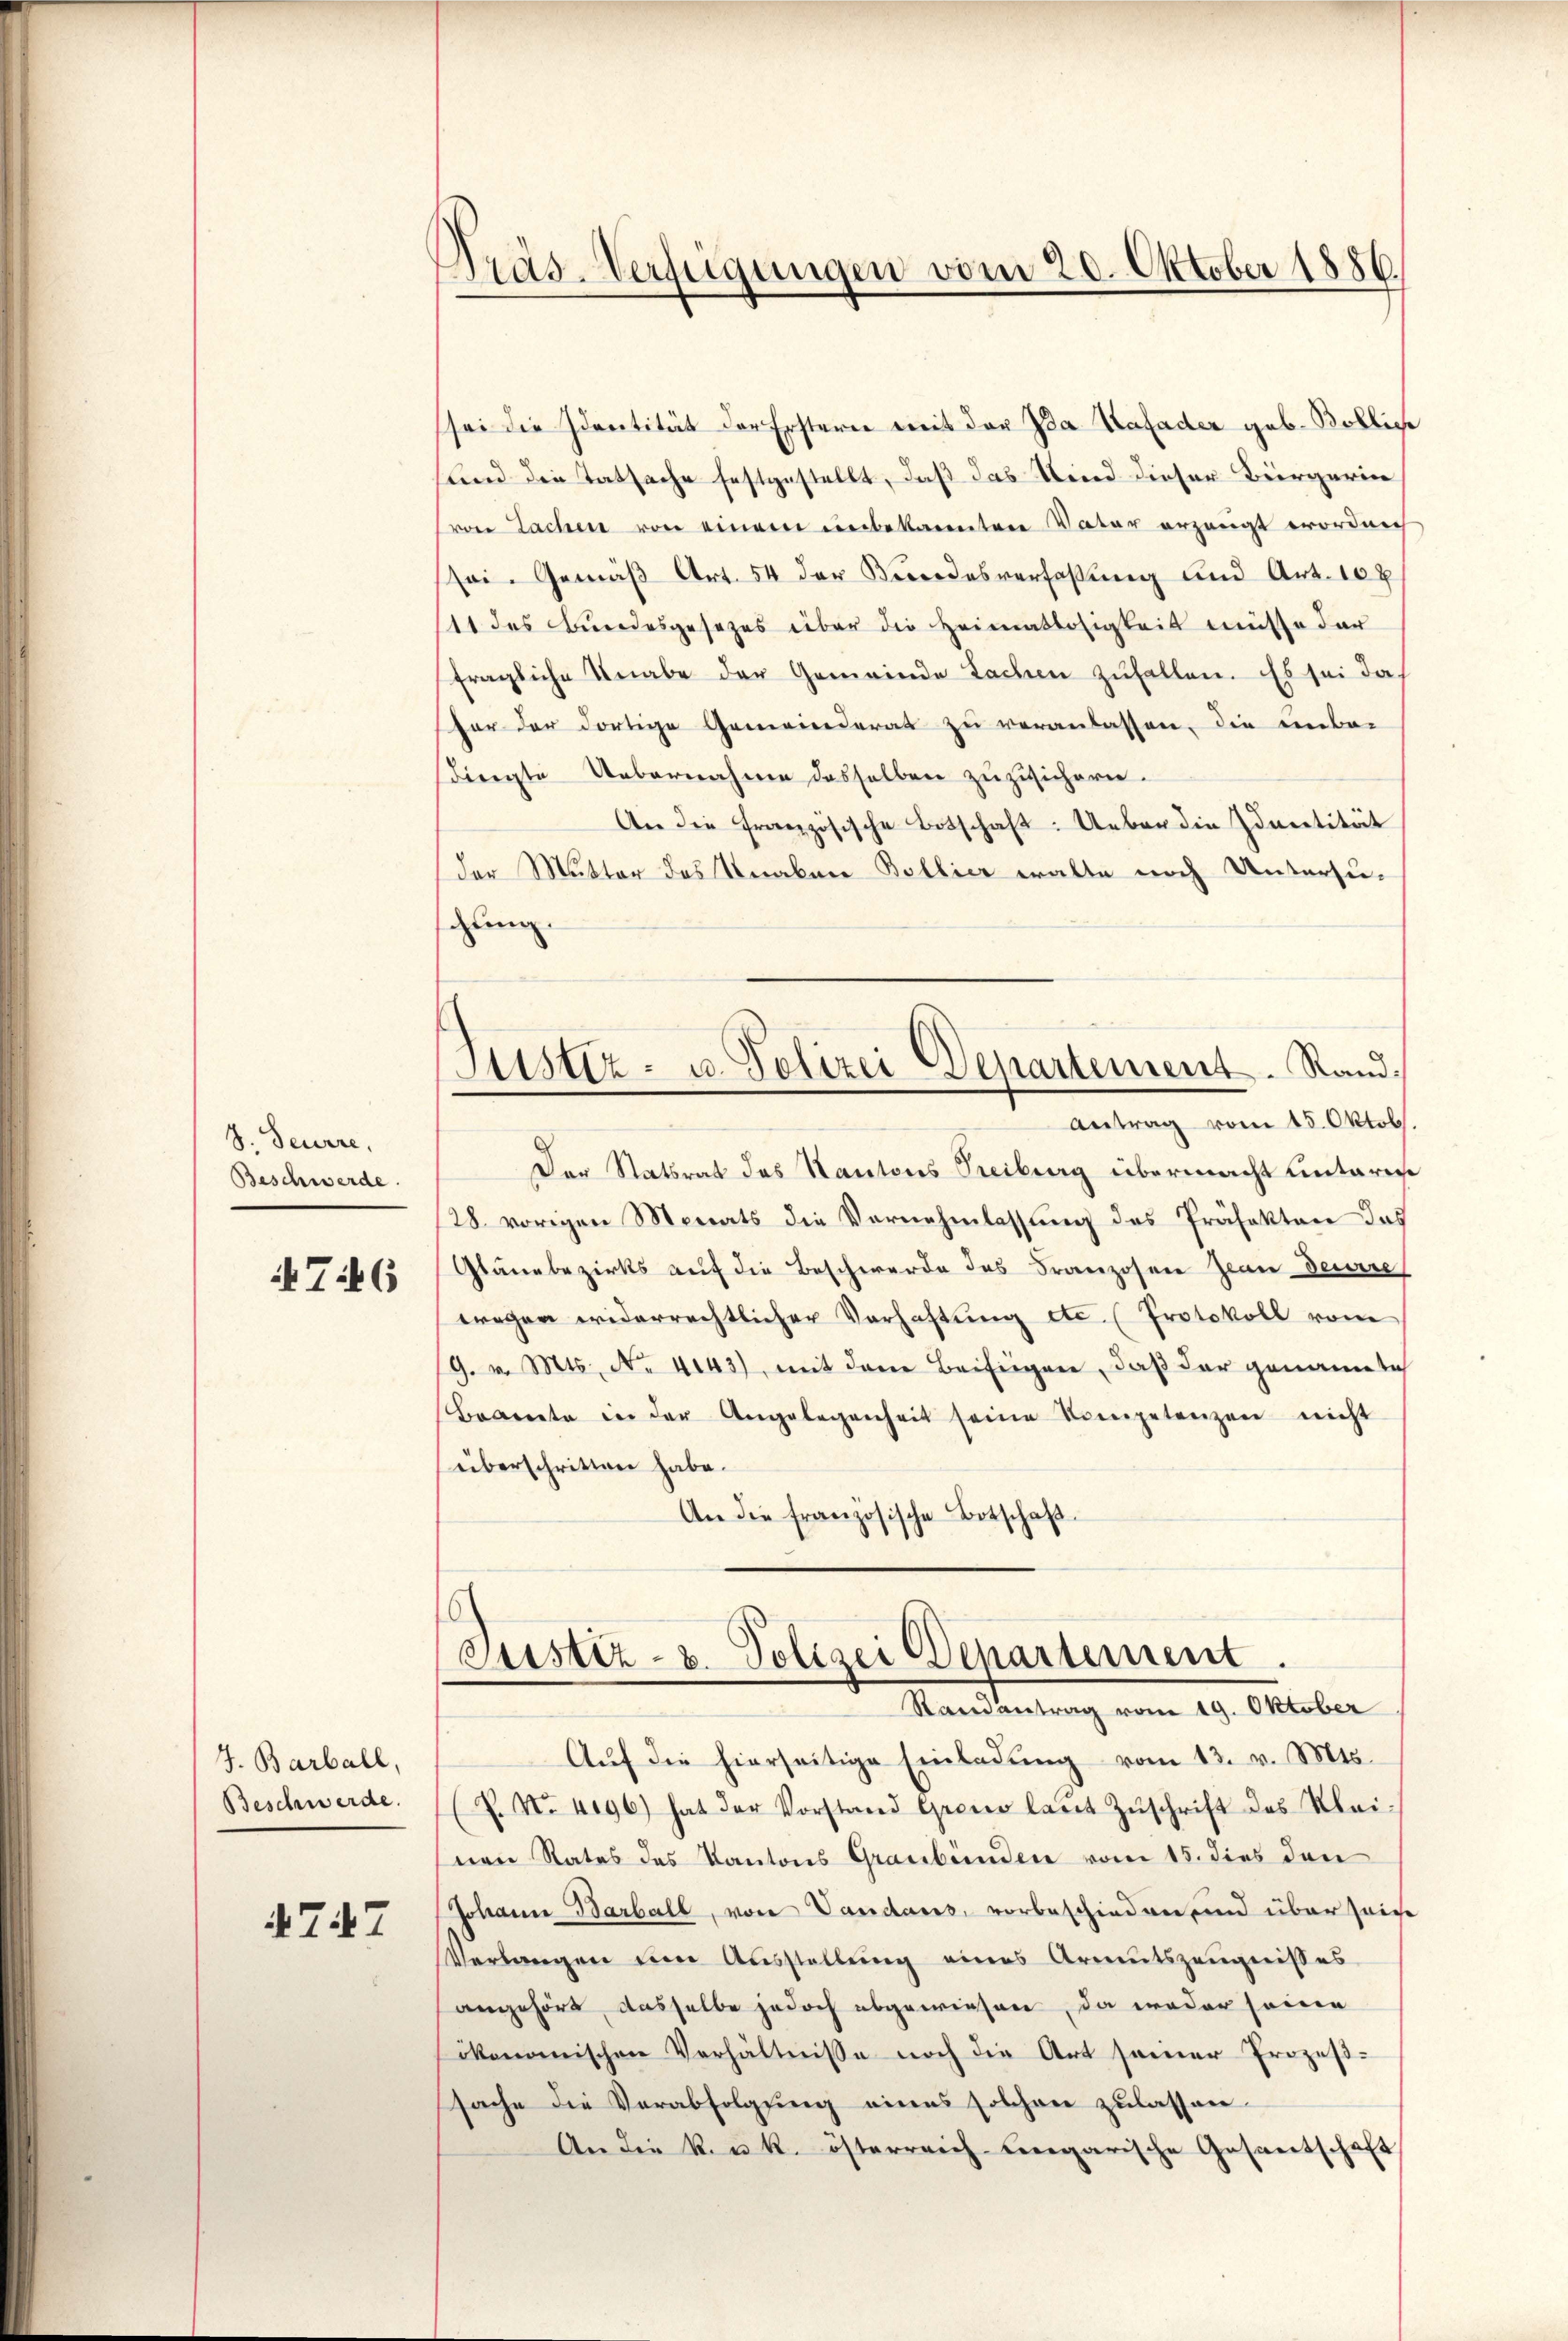
8. Feuere,
Beschwerde.

7:46

J. Barball,
Beschwerde.

747

Pras-Verfügungen vom 20. Oktober 1886

Justiz- u. Polizei Departement. Rand¬
Antrag vom 15. Oktob

sei die Identität der Erstern mit der Ida Kafader geb. Bolliche
und die Tatsache festgestellt, daß das Kind dieser Bürgerin
von Lachen von einem unbekanntere Vater erzeugt worden
sei. Gemäß Art. 54 der Brodesverfassung und Art. 108
11 des Bŭndesgesezes über die Heimatlosigkeit müsse dar
fragliche Knabe der Gemeinde Lachen zufallen. Es sei dah
for der dortige Gemeinderat zu veranlassen, die unbe-
dingte Uebernahme desselben zuzusichern.
An die Französische Botschaft: Ueber die Identität
der Mutter des Knaben Bollier walte noch Untersu-
chung.
Der Statsrat des Kantons Treiburg übermacht untari
28. vorigen Monats die Vernehmlassung des Präfekten das
Glänzbezirks auf die Beschwerde des Franzosen Zandeurre
wegen widerrechtlicher Verhaftung etc. (Protokoll vom
9. v. Mts. No. 4143), mit dem Beifügen, daß der genannte
Brannte in der Angelegenheit seine Kompetenzen nicht
überschritten habe.
An die französische Botschaft
Justiz- & Polizei Departement.
Mandantung vom 19. Oktober
Auf die hierseitige Einladung vom 13. v. Mts.
Z. No. 4196) hat der Vorstand Grono laut Zŭschrift des Klei-
nen Rates des Kantons Graubünden vom 15. dies den
Johanne Barball, von Vandars, vorbeschieden und über seine
Verlangen um Ausstellung eines Armutszeugnisses
angehört, dasselbe jedoch abgewiesen, da weder seine
ökonomischen Verhältnisse noch die Art seiner Prozeß-
sache die Verabfolgung eines solchen zulassen.
An die k. u. k. österreich-ungarische Gesantschaft